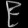
Digit: ၉